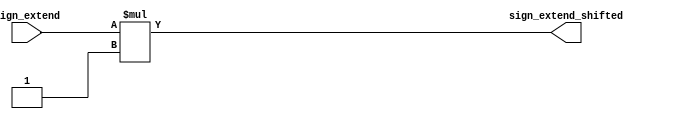
`timescale 1ns / 1ps
//////////////////////////////////////////////////////////////////////////////////
// Company: 
// Engineer: 
// 
// Design Name: 
// Module Name:    sign_extend_shift 
// Project Name: 
// Target Devices: 
// Tool versions: 
// Description: 
//
// Dependencies: 
//
// Revision: 
// Revision 0.01 - File Created
// Additional Comments: 
//
//////////////////////////////////////////////////////////////////////////////////
module sign_extend_shift(
    input [31:0] sign_extend,
    output reg [31:0] sign_extend_shifted
    );
	 
	 initial
	 begin
		sign_extend_shifted = 0;
	 end
	 
	 always @*
	 begin
		//Si vamos a trabajar con PC que cuente de a 4, cambiar el 1 por un 4.
		sign_extend_shifted = sign_extend * 1;
	 end


endmodule